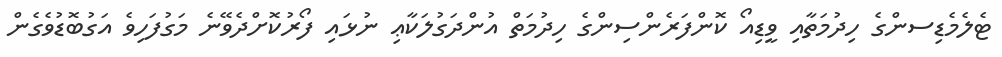
ޓެލެމެޑިސންގެ ހިދުމަތާއި ވީޑިއޯ ކޮންފަރެންސިންގެ ހިދުމަތް އުންދަގުލަކާޢި ނުޅައި ފޯރުކޮށްދެވޭނެ މަގުފަހިވެ އަގުބޮޑުވެގެން